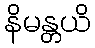
နိမန္တယိ